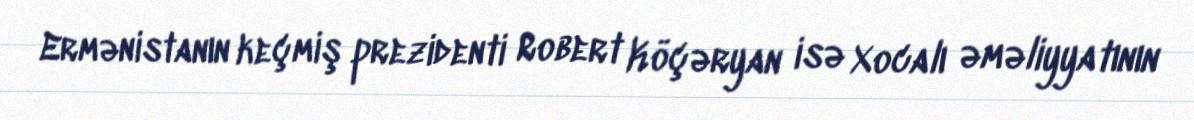
Ermənistanın keçmiş prezidenti Robert Köçəryan isə Xocalı əməliyyatının